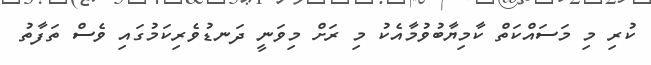
ކުރި މި މަސައްކަތް ކާމިޔާބުވުމާއެކު މި ރަށް މިވަނީ ދަނޑުވެރިކަމުގައި ވެސް ތަފާތު